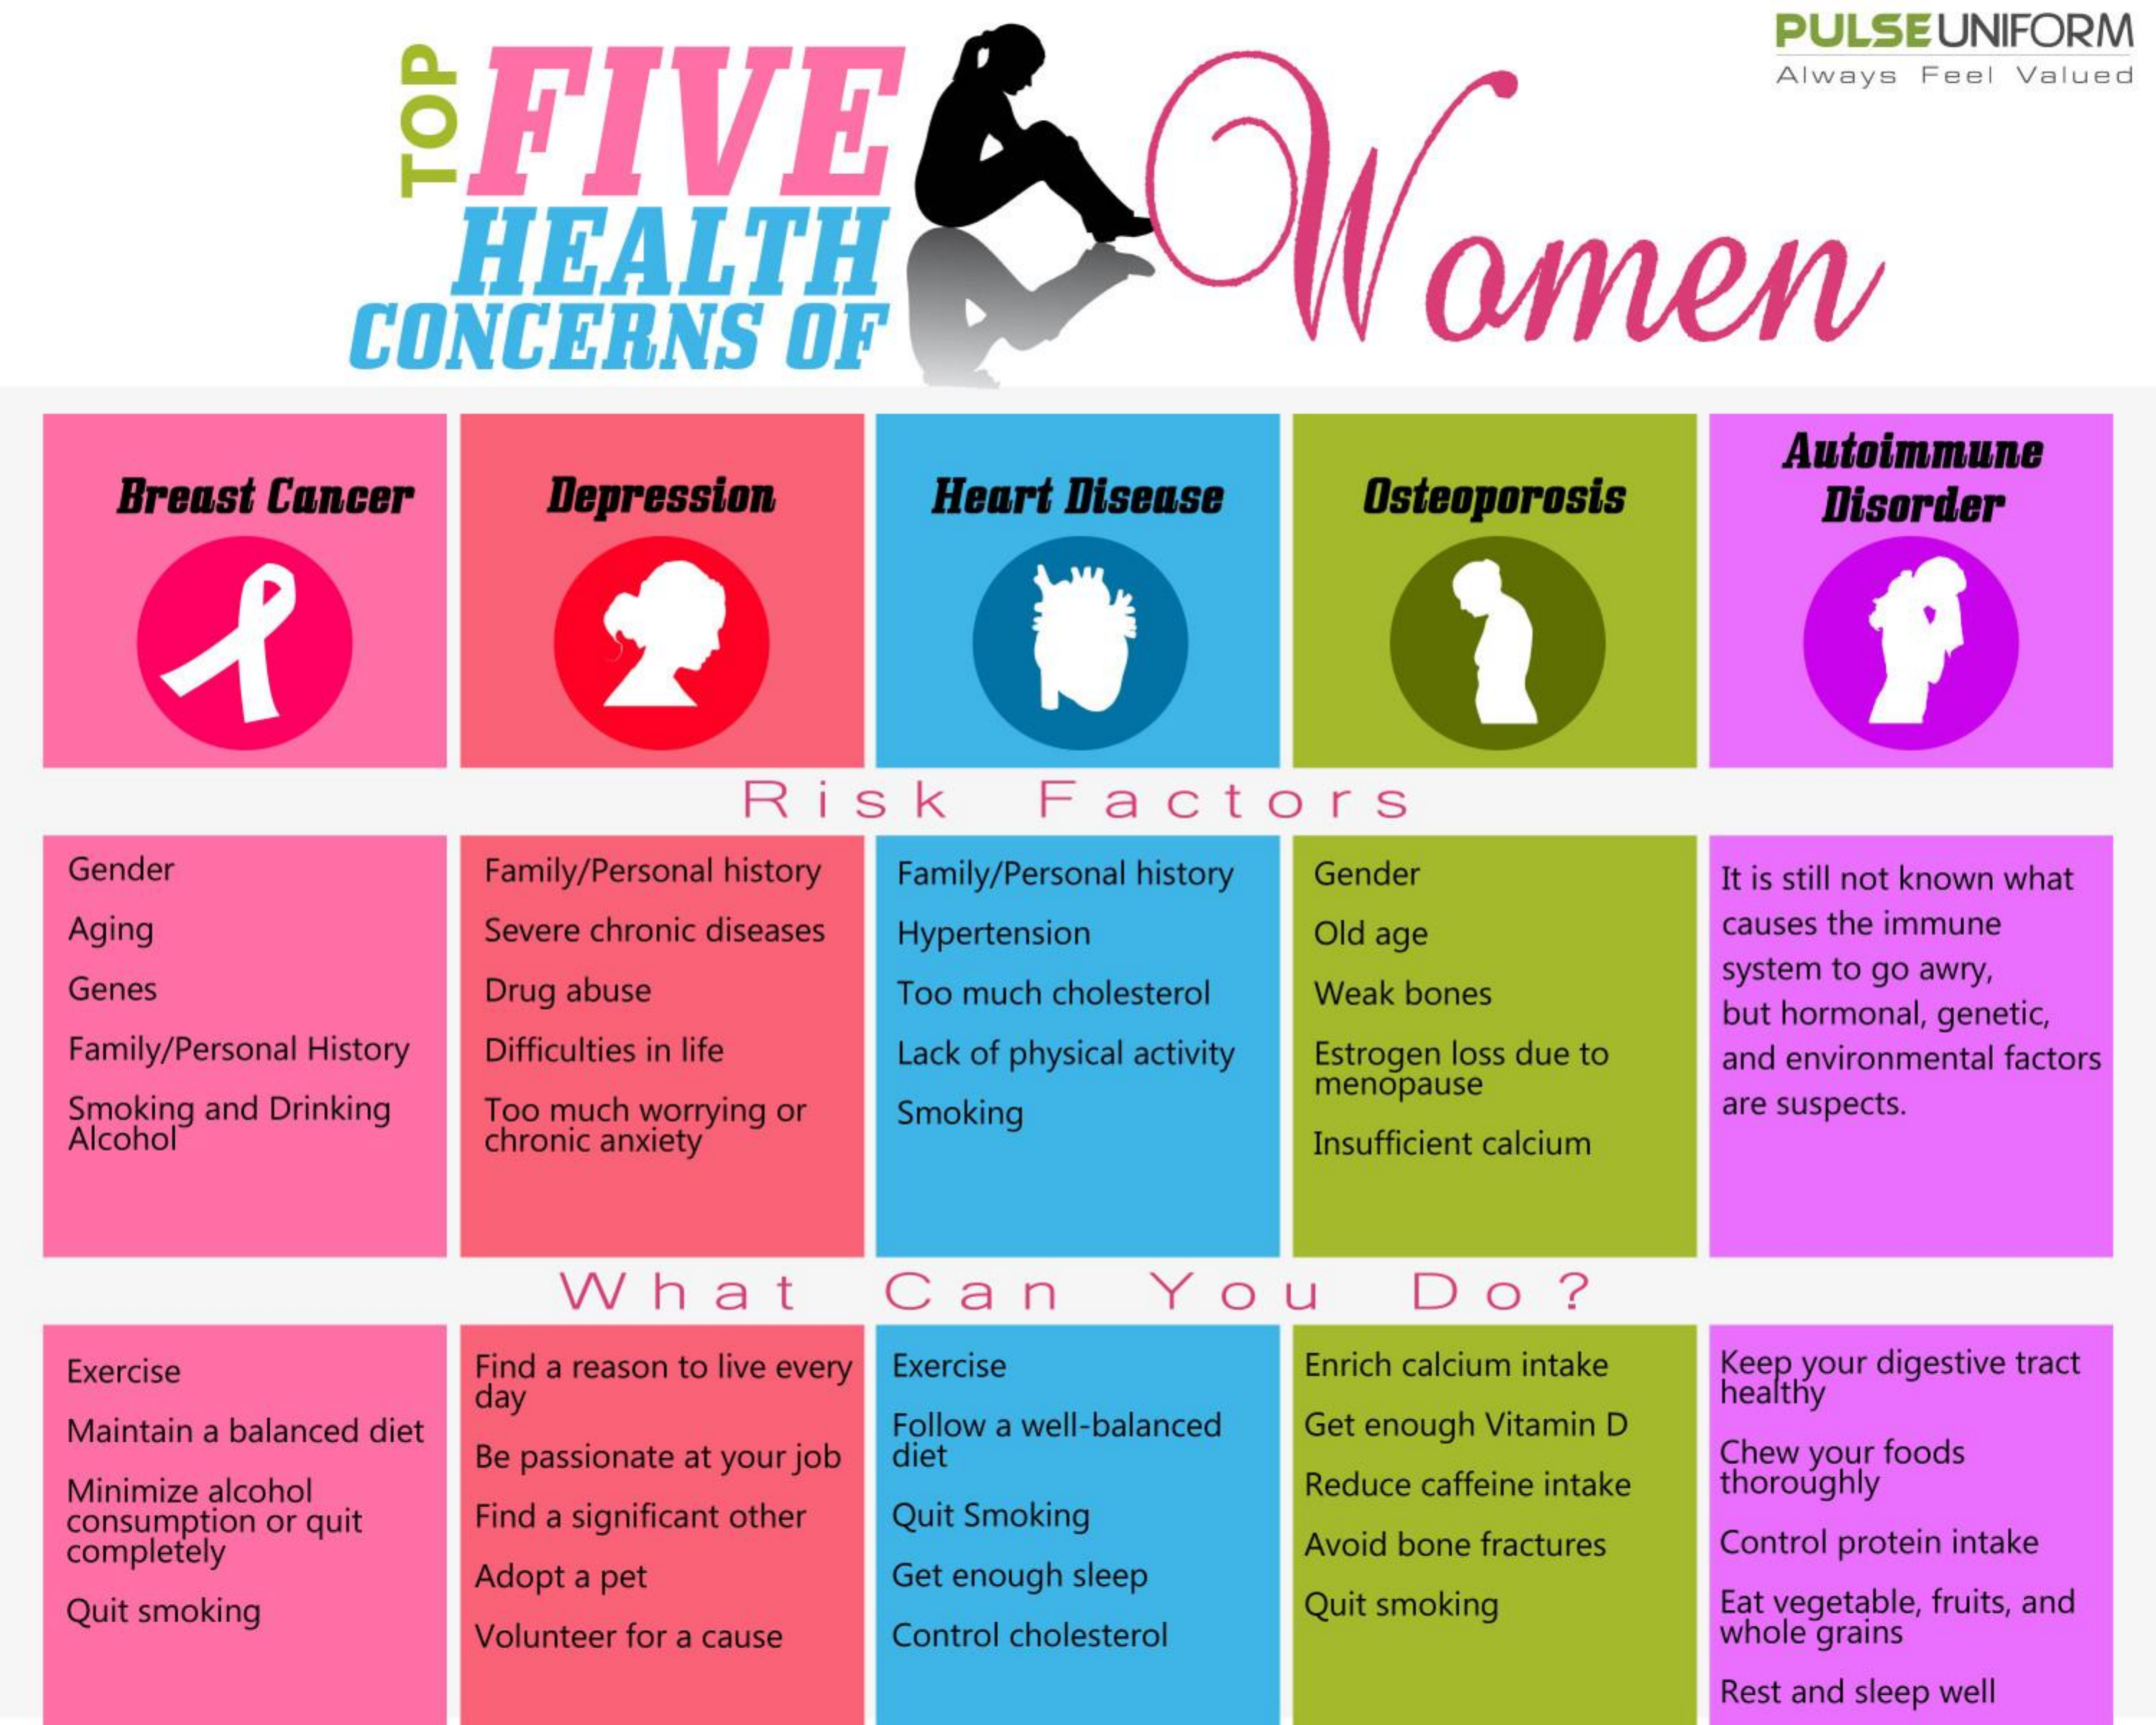
FIVE    Women
     PULSEUNIFORM
     Always Feel Valued
     TOP
     HEALTH
     CONCERNS    OF
     Depression    Heart Disease    Osteoporosis
     Autoimmune
     Breast Cancer    Disorder
     Risk    Factors
    Gender    Family/Personal history Family/Personal history Gender    It is still not known what
    Aging    Severe chronic diseases Hypertension    Old age    causes the immune
    Genes    Drug abuse    Too much cholesterol Weak bones
     system to go awry,
     but hormonal, genetic,
    Family/Personal History Difficulties in life Lack of physical activity Estrogen loss due to and environmental factors
    Smoking and Drinking    Smoking
     menopause
     are suspects.
    Alcohol
     Too much worrying or
     chronic anxiety    Insufficient calcium
     What    Can    You    Do?
    Exercise    Find a reason to live every Exercise    Enrich calcium intake Keep your digestive tract
     day    healthy
    Maintain a balanced diet
     Be passionate at your job
     Follow a well-balanced Get enough Vitamin D
     diet
    Minimize alcohol
     Find a significant other Quit Smoking
     Reduce caffeine intake
     Chew your foods
     thoroughly
    consumption or quit
    completely
     Adopt a pet
     Avoid bone fractures Control protein intake
     Get enough sleep
    Quit smoking    Eat vegetable, fruits, and
     Volunteer for a cause Control cholesterol
     Quit smoking
     whole grains
     Rest and sleep well